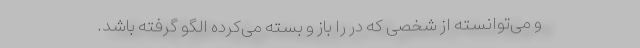
و می‌توانسته از شخصی که در را باز و بسته می‌کرده الگو گرفته باشد.